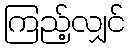
ကြည့်လျှင်